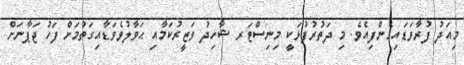
މިއަދު ފުރާވަޑައިގެންފިއެވެ. މި ދަތުރުފުޅަކީ މިނިސްޓަރ ޝާހިދު ވަޒީރުކަމާއި ޙަވާލުވެވަޑާއިގަތުމަށް ފަހު ޖަޕާނަށް